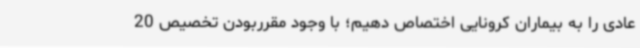
عادی را به بیماران کرونایی اختصاص دهیم؛ با وجود مقرربودن تخصیص 20